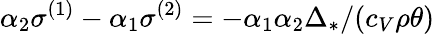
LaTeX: \alpha_{2}\sigma^{(1)}-\alpha_{1}\sigma^{(2)}=-\alpha_{1}\alpha_{2}\Delta_{*}/(c_{V}\rho\theta)